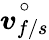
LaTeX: \overset{\circ}{\boldsymbol{v}_{f/s}}